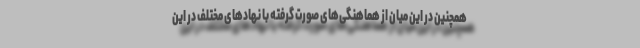
همچنین در این میان از هماهنگی‌های صورت گرفته با نهادهای مختلف در این